Scottish Leaving Certificate Examination, 1953
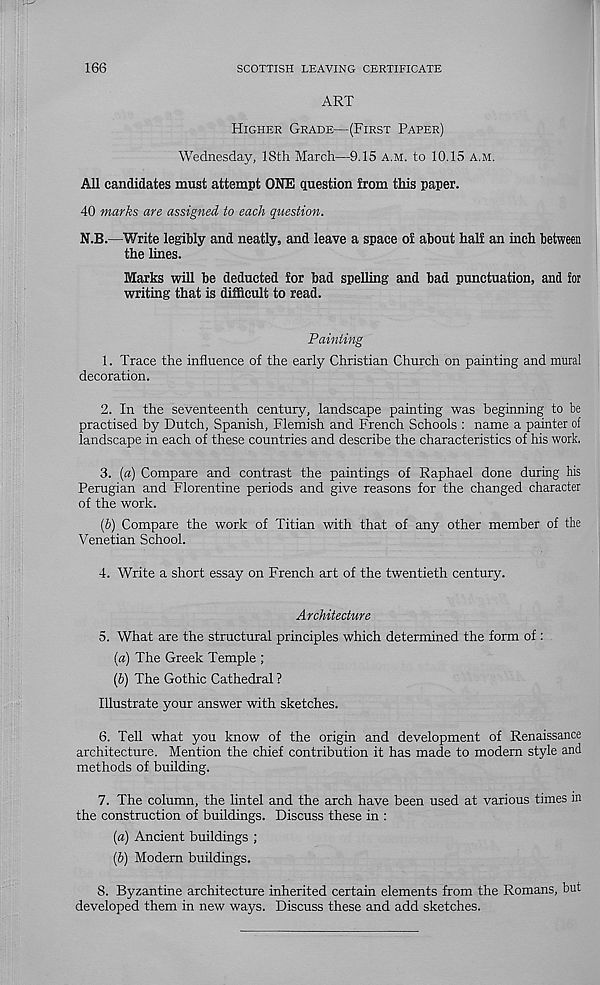
166
SCOTTISH LEAVING CERTIFICATE
ART
Higher Grade—(First Paper)
Wednesday, 18th March—9.15 a.m. to 10.15 a.m.
All candidates must attempt ONE question from this paper.
40 marks are assigned to each question.
N.B.—Write legibly and neatly, and leave a space of about half an inch between
the lines.
Marks will be deducted for bad spelling and bad punctuation, and for
writing that is difficult to read.
Painting
1. Trace the influence of the early Christian Church on painting and mural
decoration.
2. In the seventeenth century, landscape painting was beginning to be
practised by Dutch, Spanish, Flemish and French Schools : name a painter of
landscape in each of these countries and describe the characteristics of his work.
3. (a) Compare and contrast the paintings of Raphael done during his
Perugian and Florentine periods and give reasons for the changed character
of the work.
(b) Compare the work of Titian with that of any other member of the
Venetian School.
4. Write a short essay on French art of the twentieth century.
Architecture
5. What are the structural principles which determined the form of :
(а) The Greek Temple ;
(б) The Gothic Cathedral ?
Illustrate your answer with sketches.
6. Tell what you know of the origin and development of Renaissance
architecture. Mention the chief contribution it has made to modem style and
methods of building.
7. The column, the lintel and the arch have been used at various times in
the construction of buildings. Discuss these in :
(a) Ancient buildings ;
(b) Modem buildings.
8. Byzantine architecture inherited certain elements from the Romans, but
developed them in new ways. Discuss these and add sketches.